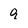
Character: Q